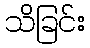
သိခြင်း